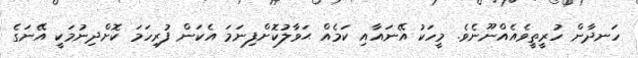
ހަނދާން ހުރީތީވެއެއްނޫނެވެ. މީހަކު އޭނައާއި ކަމެއް ޙަވާލުކޮށްފިނަމަ އެކަން ފުރިހަމަ ކޮށްދިނުމަކީ އޭނަގެ